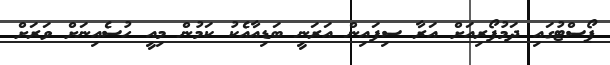
ޕޯސްޓުގައި ދަމުފޯރިއަށް އަރާ ސިފައިން އަރަނީ ބަޑިއާއެކު ކަމުން މިއީ ހުސެއިނަށް ވަރަށް